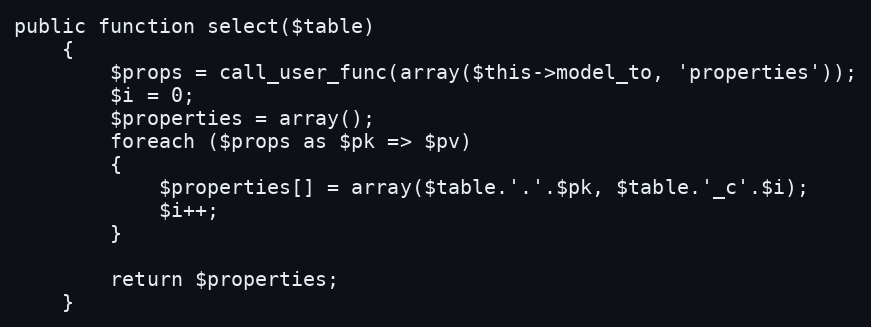
Language: PHP
public function select($table)
	{
		$props = call_user_func(array($this->model_to, 'properties'));
		$i = 0;
		$properties = array();
		foreach ($props as $pk => $pv)
		{
			$properties[] = array($table.'.'.$pk, $table.'_c'.$i);
			$i++;
		}

		return $properties;
	}